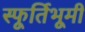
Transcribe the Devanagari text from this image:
स्फूर्तिभूमी